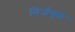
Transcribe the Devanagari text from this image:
निर्जन्तुक